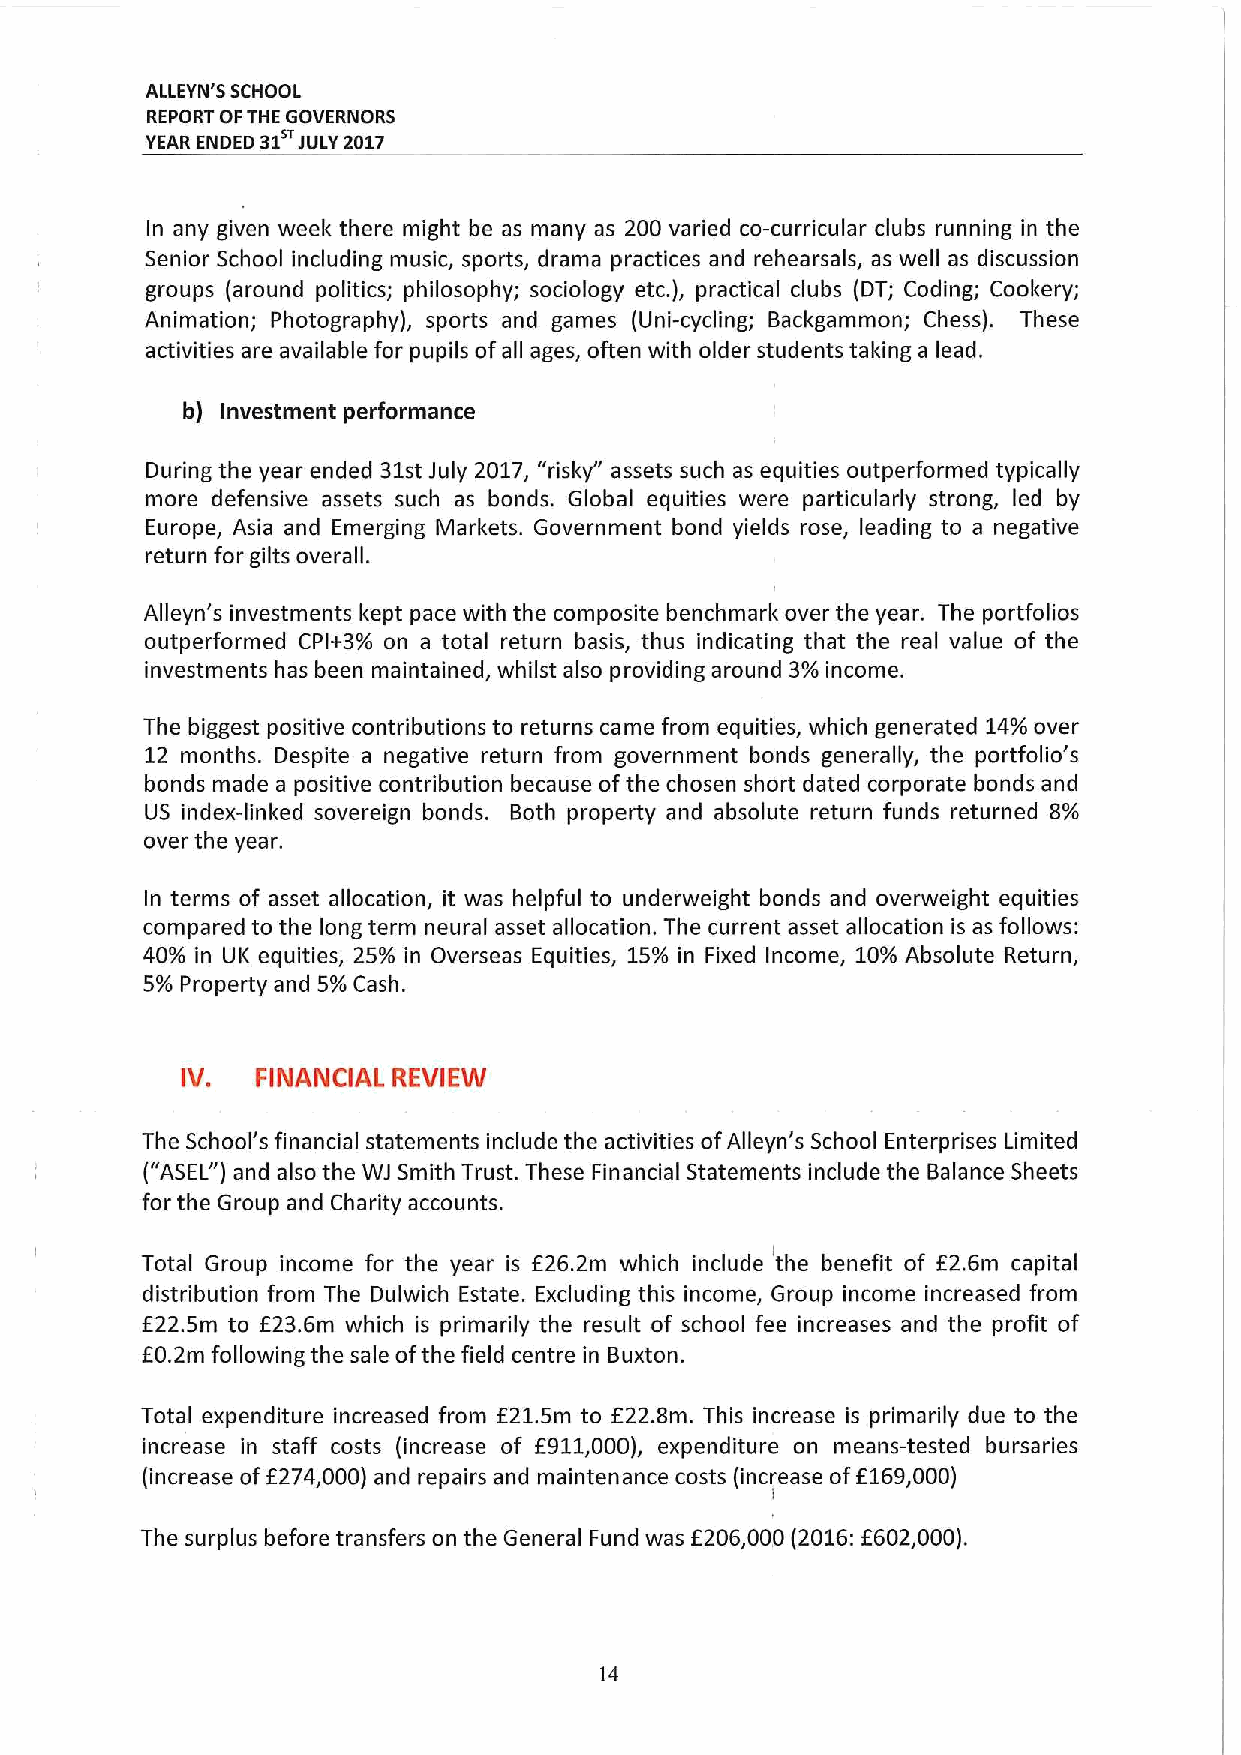
ALLEYN'S SCHOOL
 REPORT OFTHE GOVERNORS
 YEAR ENDED 31 JULY2017
 In any given weel& there might be as many as 200 varied co-curricular clubs running in the
 Senior School including music, sports, drama practices and rehearsals, as well as discussion
 groups (around politics; philosophy; sociology etc.), practical clubs (DT; Coding; Cookery;
 Animation; Photography), sports and games (Uni-cycling; Backgammon; Chess). These
 activities are available for pupils ofall ages, often with older students taking a lead.
 b) Investment performance
 During the year ended 31stJuly 2017, "risky" assets such as equities outperformed typically
 more defensive assets such as bonds. Global equities were particularly strong, led by
 Europe, Asia and Emerging Markets. Government bond yields rose, leading to a negative
 return for gilts overall.
 Alleyn's investments kept pace with the composite benchmark over the year. The portfolios
 outperformed Cplt3% on a total return basis, thus indicating that the real value of the
 investments has been maintained, whilst also providing around 3%income.
 The biggest positive contributions to returns came from equities, which generated 14%over
 12 months. Despite a negative return from government bonds generally, the portfolio's
 bonds made a positive contribution because ofthe chosen short dated corporate bonds and
 US index-linl&ed sovereign bonds. Both property and absolute return funds returned 8%
 over the year.
 In terms of asset allocation, it was helpful to underweight bonds and overweight equities
 compared to the long term neural asset allocation. The current asset allocation is as follows:
 40% in UK equities, 25% in Overseas Equities, 15%in Fixed Income, 10%Absolute Return,
 5% Property and 5%Cash.
 IV.  FINANCIAL REVIEW
 The School's financial statements include the activities ofAlleyn's School Enterprises Limited
 ("ASEL")and also the WJ Smith Trust. These Financial Statements include the Balance Sheets
 for the Group and Charity accounts.
 Total Group income for the year is E26.2m which include the benefit of f2.6m capital
 distribution from The Dulwich Estate. Excluding this income, Group income increased from
 E22.5m to E23.6m which is primarily the result of school fee increases and the profit of
 E0.2m following the sale ofthe field centre in Buxton.
 Total expenditure increased from E21.5m to E22.8m. This increase is primarily due to the
 increase in staff costs (increase of E911,000), expenditure on means-tested bursaries
 f
 (increase of 274,000) and repairs and maintenance costs (increase ofE169,000)
 f
 The surplus before transfers on the General Fund was E206,000(2016: 602,000).
 14